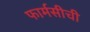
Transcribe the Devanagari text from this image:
फार्मसीची